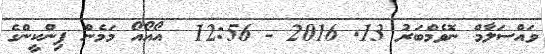
ވައްސަލާމް ނޮވެމްބަރު 13